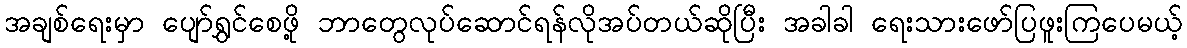
အချစ်ရေးမှာ ပျော်ရွှင်စေဖို့ ဘာတွေလုပ်ဆောင်ရန်လိုအပ်တယ်ဆိုပြီး အခါခါ ရေးသားဖော်ပြဖူးကြပေမယ့်